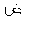
Letter: _dad